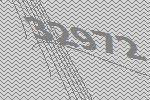
32972